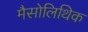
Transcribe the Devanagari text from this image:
मैसोलिथिक